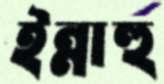
ইন্নাহু